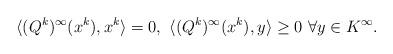
LaTeX: \begin{align*}\langle (Q^k)^{\infty}(x^k),x^k\rangle=0, \ \langle(Q^k)^{\infty}(x^k),y\rangle\geq 0 \ \forall y\in K^{\infty}.\end{align*}